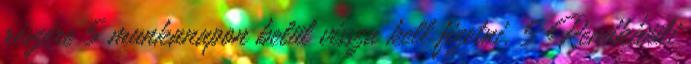
részére 5 munkanapon belül vissza kell fizetni. 5 Rendkívüli